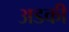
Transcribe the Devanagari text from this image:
अडकी